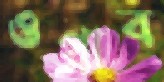
ওগ্‌রাব